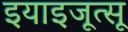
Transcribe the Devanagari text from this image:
इयाइजूत्सू